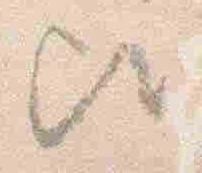
歟